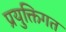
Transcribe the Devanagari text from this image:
प्रयुक्तिगत